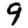
Digit: 9